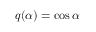
q ( \alpha ) = \cos { \alpha }